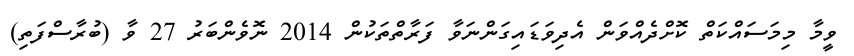
ވީމާ މިމަސައްކަތް ކޮށްދެއްވަން އެދިވަޑައިގަންނަވާ ފަރާތްތަކުން 2014 ނޮވެންބަރު 27 ވާ (ބުރާސްފަތި)